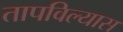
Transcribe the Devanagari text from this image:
तापविल्यास